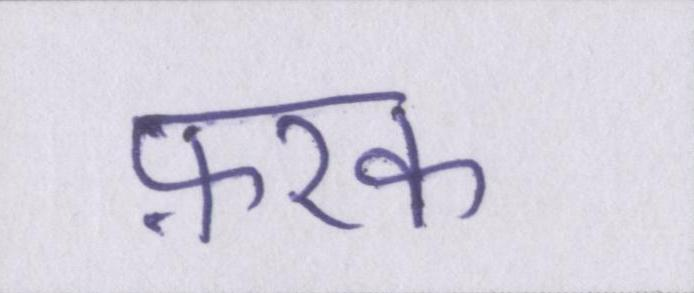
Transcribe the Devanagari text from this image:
फ़रक